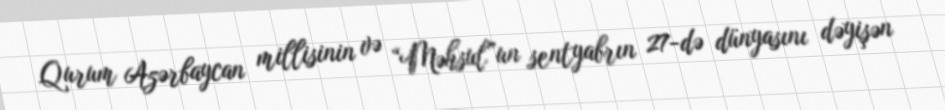
Qurum Azərbaycan millisinin və “Məhsul”un sentyabrın 27-də dünyasını dəyişən